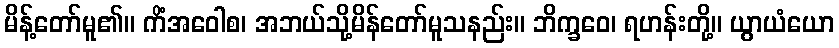
မိန့်တော်မူ၏။ ကိံအဝေါစ၊ အဘယ်သို့မိန်တော်မူသနည်း။ ဘိက္ခဝေ၊ ရဟန်းတို့။ ယွာယံယော